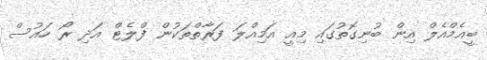
ބީއެމްއެލް އިން ބުނިގޮތުގައި މިއީ އަމިއްލަ ފަރާތްތަކުން ފްލެޓް އަދި ރޯ ހައުސް